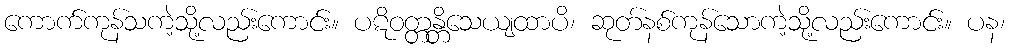
ကောက်ကုန်သကဲ့သို့လည်းကောင်း။ ပဋိဝတ္တန္တိသေယျထာပိ၊ ဆုတ်နစ်ကုန်သောကဲ့သို့လည်းကောင်း။ ပန၊